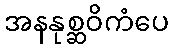
အနနုစ္ဆဝိကံပေ